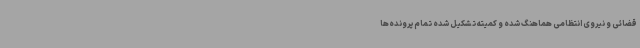
قضائی و نیروی انتظامی هماهنگ شده و کمیته تشکیل شده تمام پرونده‌ها